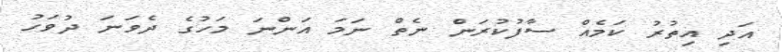
އަދި އިތުރު ކަމެއް ސާފުކުރަން ނެތް ނަމަ އަންނަ މަހުގެ ދެވަނަ ދުވަހު